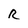
Character: R